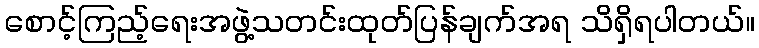
စောင့်ကြည့်ရေးအဖွဲ့သတင်းထုတ်ပြန်ချက်အရ သိရှိရပါတယ်။